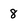
Character: 8